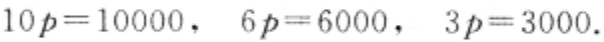
\(10p = 10000,\ 6p = 6000,\ 3p = 3000.\)